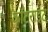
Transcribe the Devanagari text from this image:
कॉटराइट